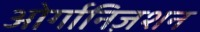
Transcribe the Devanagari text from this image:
ओर्गानिज़शन